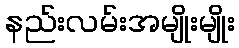
နည်းလမ်းအမျိုးမျိုး